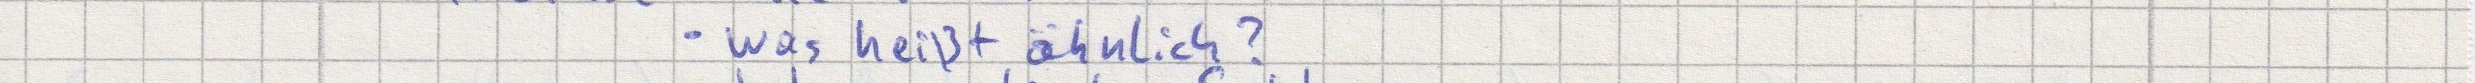
- was heißt ähnlich?